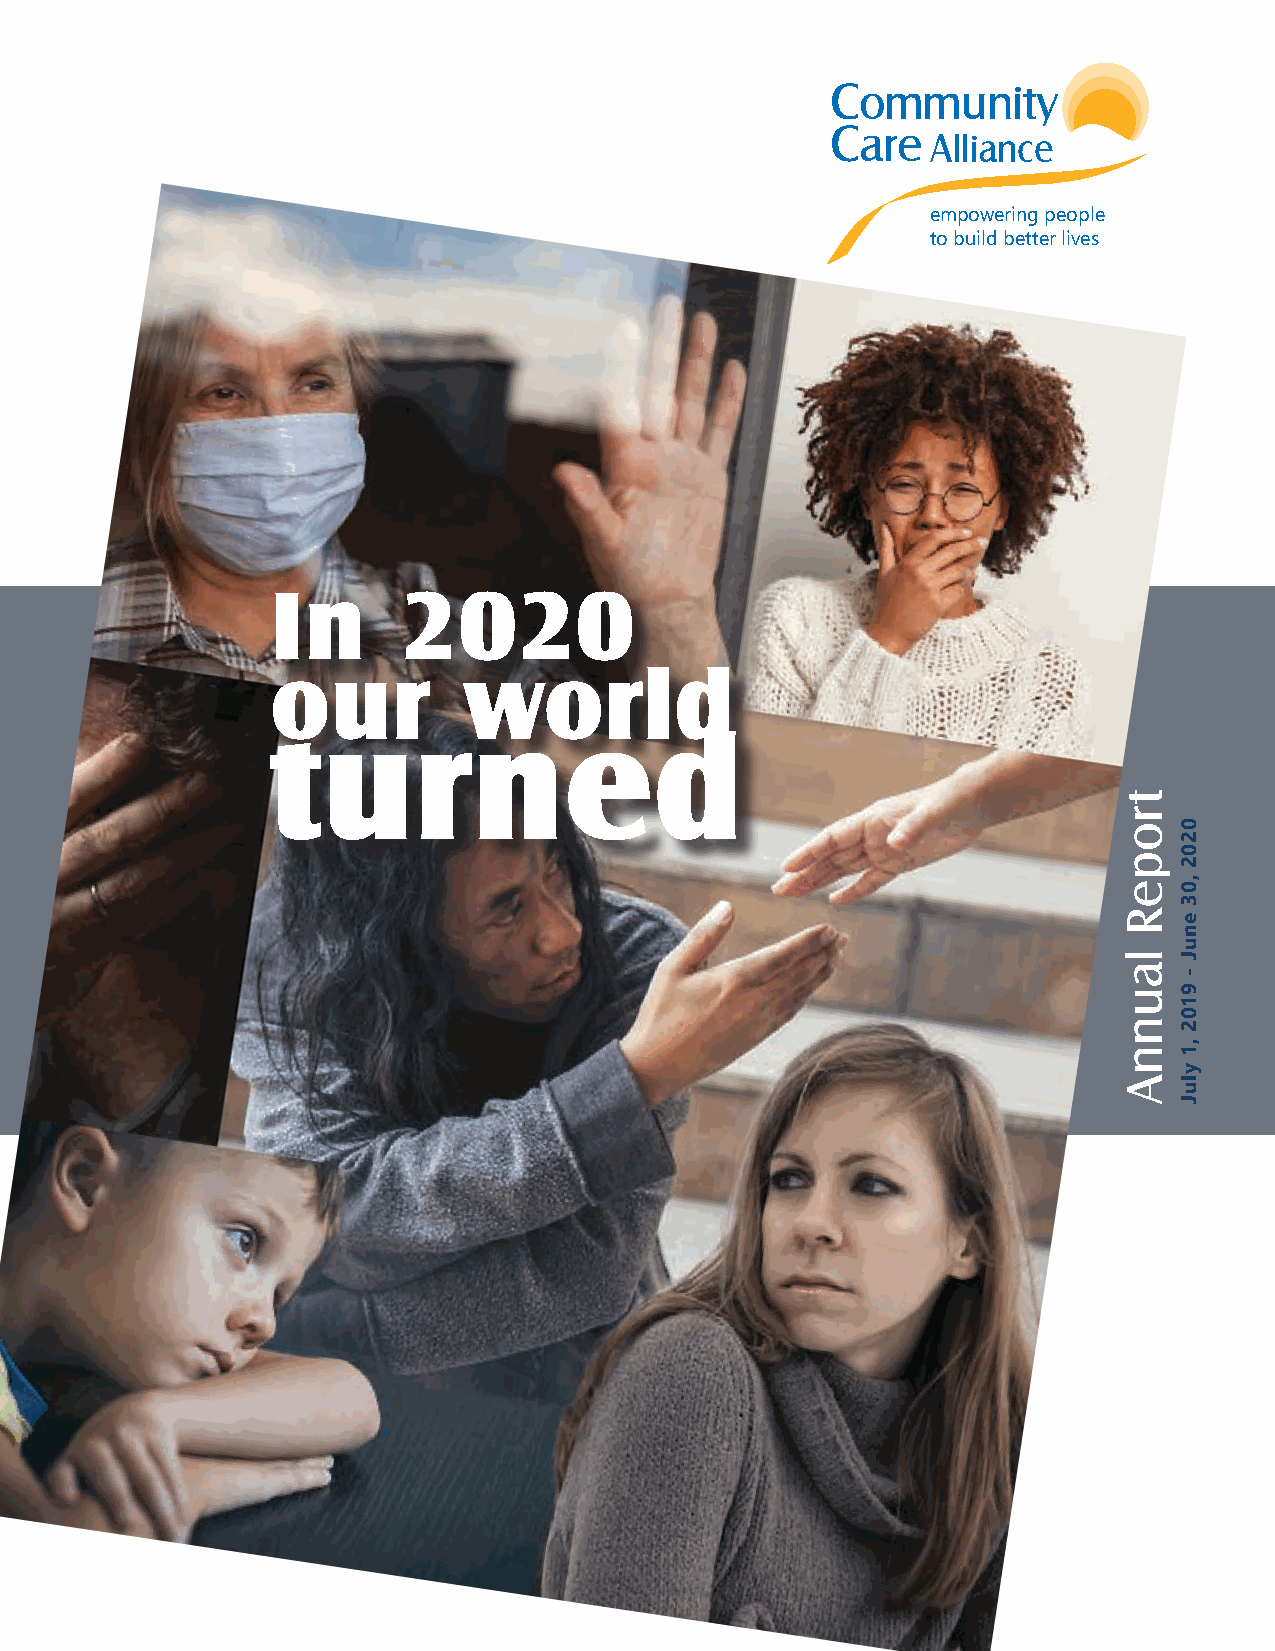
Community
 Care
 Alliance
 empowering people
 to build better lives
 In      2020
 our          world
 turned
 tropeR
 launnA
 0202
 ,03
 enuJ
 -
 9102
 ,1
 yluJ